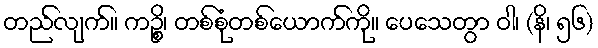
တည်လျက်။ ကဉ္စိ၊ တစ်စုံတစ်ယောက်ကို။ ပေသေတွာ ဝါ၊ (နိ၊ ၅၆)